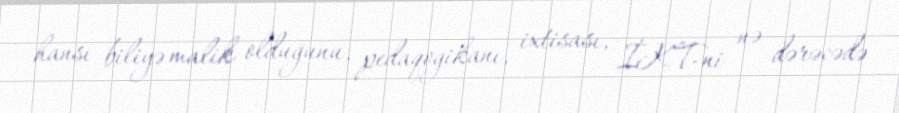
hansı biliyə malik olduğunu, pedaqogikanı, ixtisası, İKT-ni nə dərəcədə